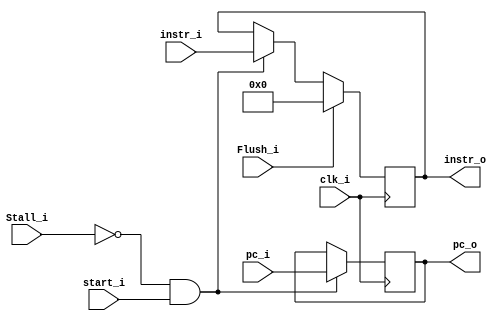
module IF_ID
(
    clk_i,
    Stall_i,
    Flush_i,
    pc_i,
    instr_i,
    start_i,
    instr_o,
    pc_o,
);


input             clk_i, Stall_i, Flush_i, start_i;
input      [31:0] instr_i, pc_i;
output reg [31:0] instr_o = 32'b0, pc_o;
// Flush: flush on next clock
// Stall: flush immidiately

always @ (posedge clk_i) begin
    if (!Stall_i && start_i) begin
        pc_o <= pc_i;
        instr_o <= instr_i;
    end
    if (Flush_i)
        instr_o <= 32'b0;
end

endmodule